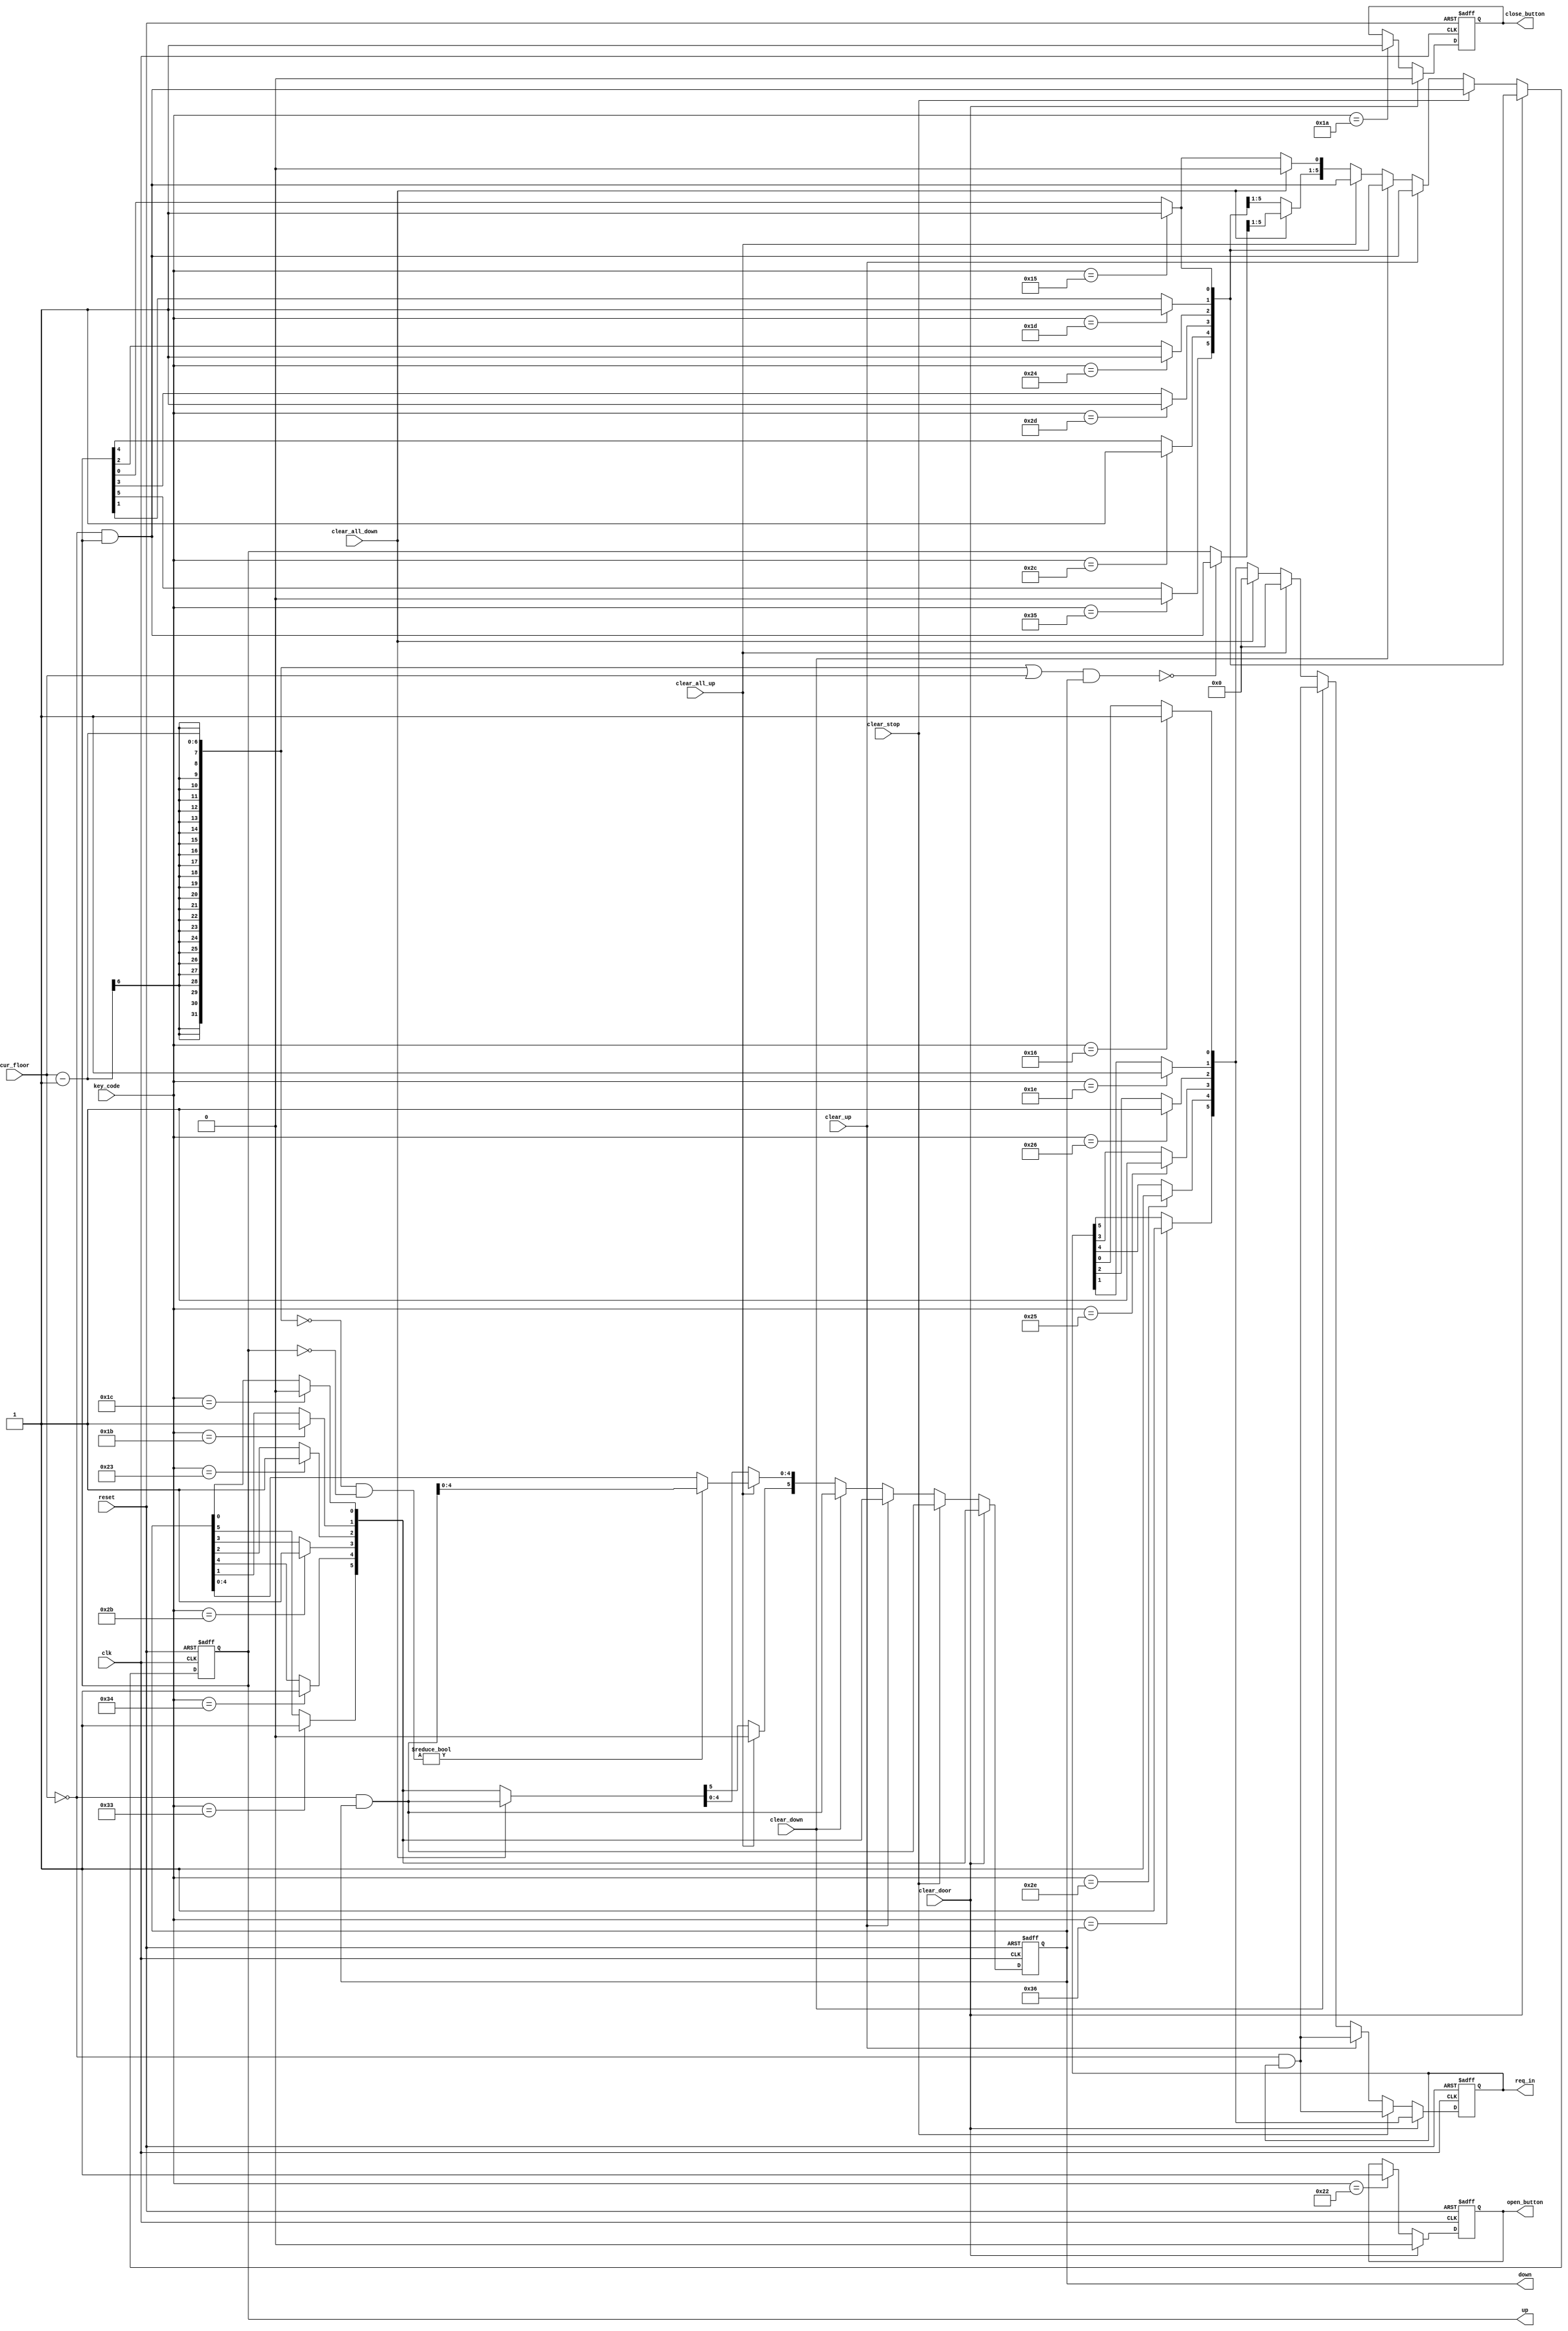
module UpdateRequest
#(parameter n =6)// so tang cau thang may
(// **c bao hieu co sua doi
	input [7:0] key_code,
	input [n-1:0] cur_floor,//**c
	input clk, reset, 
	input clear_down, clear_up, clear_all_down, clear_all_up, clear_door, clear_stop,// xoa cac hieu cau hien tai, chieu xuong, len, thap nhat, cao nhat, tin hieu mo cua, tin hieu dong cua
	output reg [n-1:0] up, down, req_in,//**c
	output reg close_button, open_button
);
	reg [n-1:0] next_up, next_down, next_req_in;
	reg n_close, n_open;
	always @(posedge clk or negedge reset) begin
		if(!reset) begin
			up <= 6'b0;
			down <= 6'b0;
			req_in <= 6'b0;
			close_button <= 1'b0;
			open_button <= 1'b0;
		end
		else begin
			up <= next_up;
			down <= next_down;
			req_in <= next_req_in;
			close_button <= n_close;
			open_button <= n_open;
		end
	end
	
	//always @(key_code or up or down or cur_floor or req_in or clear_down or clear_in_down_req or clear_in_up_req or clear_up)
	always @(*)
	begin
		next_up = up;
		next_down = down;
		next_req_in = req_in;
		n_close = close_button;
		n_open  = open_button;
		case(key_code)
		// yeu cau ben trong
		8'h16 : next_req_in[0] = 1'b1; // 1 
		8'h1E : next_req_in[1] = 1'b1; // 2
		8'h26 : next_req_in[2] = 1'b1; // 3
		8'h25 : next_req_in[3] = 1'b1; // 4
		8'h2E : next_req_in[4] = 1'b1; // 5
		8'h36 : next_req_in[5] = 1'b1; // 6
		
		// yeu cau len ben ngoai
		8'h15 : next_up[0] = 1'b1; // Q
		8'h1D : next_up[1] = 1'b1; // W
		8'h24 : next_up[2] = 1'b1; // E
		8'h2D : next_up[3] = 1'b1; // R
		8'h2C : next_up[4] = 1'b1; // T
		8'h35 : next_up[5] = 1'b0; // Y
		
		// yeu cau xuong ben ngoai
		8'h1C : next_down[0] = 1'b0; // A
		8'h1B : next_down[1] = 1'b1; // S
		8'h23 : next_down[2] = 1'b1; // D
		8'h2B : next_down[3] = 1'b1; // F
		8'h34 : next_down[4] = 1'b1; // G
		8'h33 : next_down[5] = 1'b1; // H
		
		// close, open
		8'h1A : n_close = 1'b1;  // Z
		8'h22 : n_open = 1'b1;   // X
		default: ;
		endcase
		
		if (clear_door) begin
			n_close = 1'b0;
			n_open = 1'b0;
		end
		else if(clear_stop) begin // xoa yeu cau hien tai
			next_req_in = ((~cur_floor) & req_in);// xoa yeu cau ben trong tai tang do
			next_down = ((~cur_floor) & down);//xoa yeu cau ben ngoai len va xuong tai tang do
			next_up = ((~cur_floor) & up);//
		end
		else if(clear_up) begin // xoa yeu cau hien tai chieu len
				next_req_in = (~cur_floor) & req_in;
				next_up = ~cur_floor & up;
		end
		else if(clear_down) // xoa yeu cau hien tai chieu xuong 
			begin
				next_req_in = (~cur_floor) & req_in;
				next_down = (~cur_floor) & down;
			end
		else if(clear_all_up) begin // xoa yeu cau khi dat yeu cau max
				next_req_in = 6'b0;
				next_up = ~cur_floor & up;// xoa yeu cau tai tang cao nhat va cap nhat yeu cau
				next_down = (~(cur_floor-1)&up == 0) ? (~cur_floor & down) : down;// ??????
				next_down[n-1] = 1'b0; // cho tang cao nhat bang khong	
		end
		else if(clear_all_down) begin// xoa yeu cau khi dat yeu cau min
				next_req_in = 6'b0;
				next_down = ~cur_floor & down;
				next_up = ((((cur_floor -1) | cur_floor) & down) == 0) ? (~cur_floor & up) : up;
				next_up[0] = 1'b0;
		end
	end
endmodule